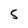
Character: S